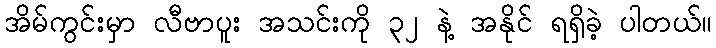
အိမ်ကွင်းမှာ လီဗာပူး အသင်းကို ၃၂ နဲ့ အနိုင် ရရှိခဲ့ ပါတယ်။